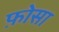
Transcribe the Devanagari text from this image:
फ़ोसा